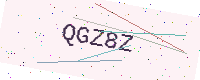
Text: QGZ8Z